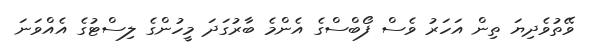
ވޭތުވެދިޔަ ތިން އަހަރު ވެސް ފޯބްސްގެ އެންމެ ބާރުގަދަ މީހުންގެ ލިސްޓުގެ އެއްވަނަ